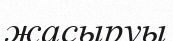
жасыруы